NAE_EAA_T-354_Tartu_Tamme_Gumnaasium, lk 18
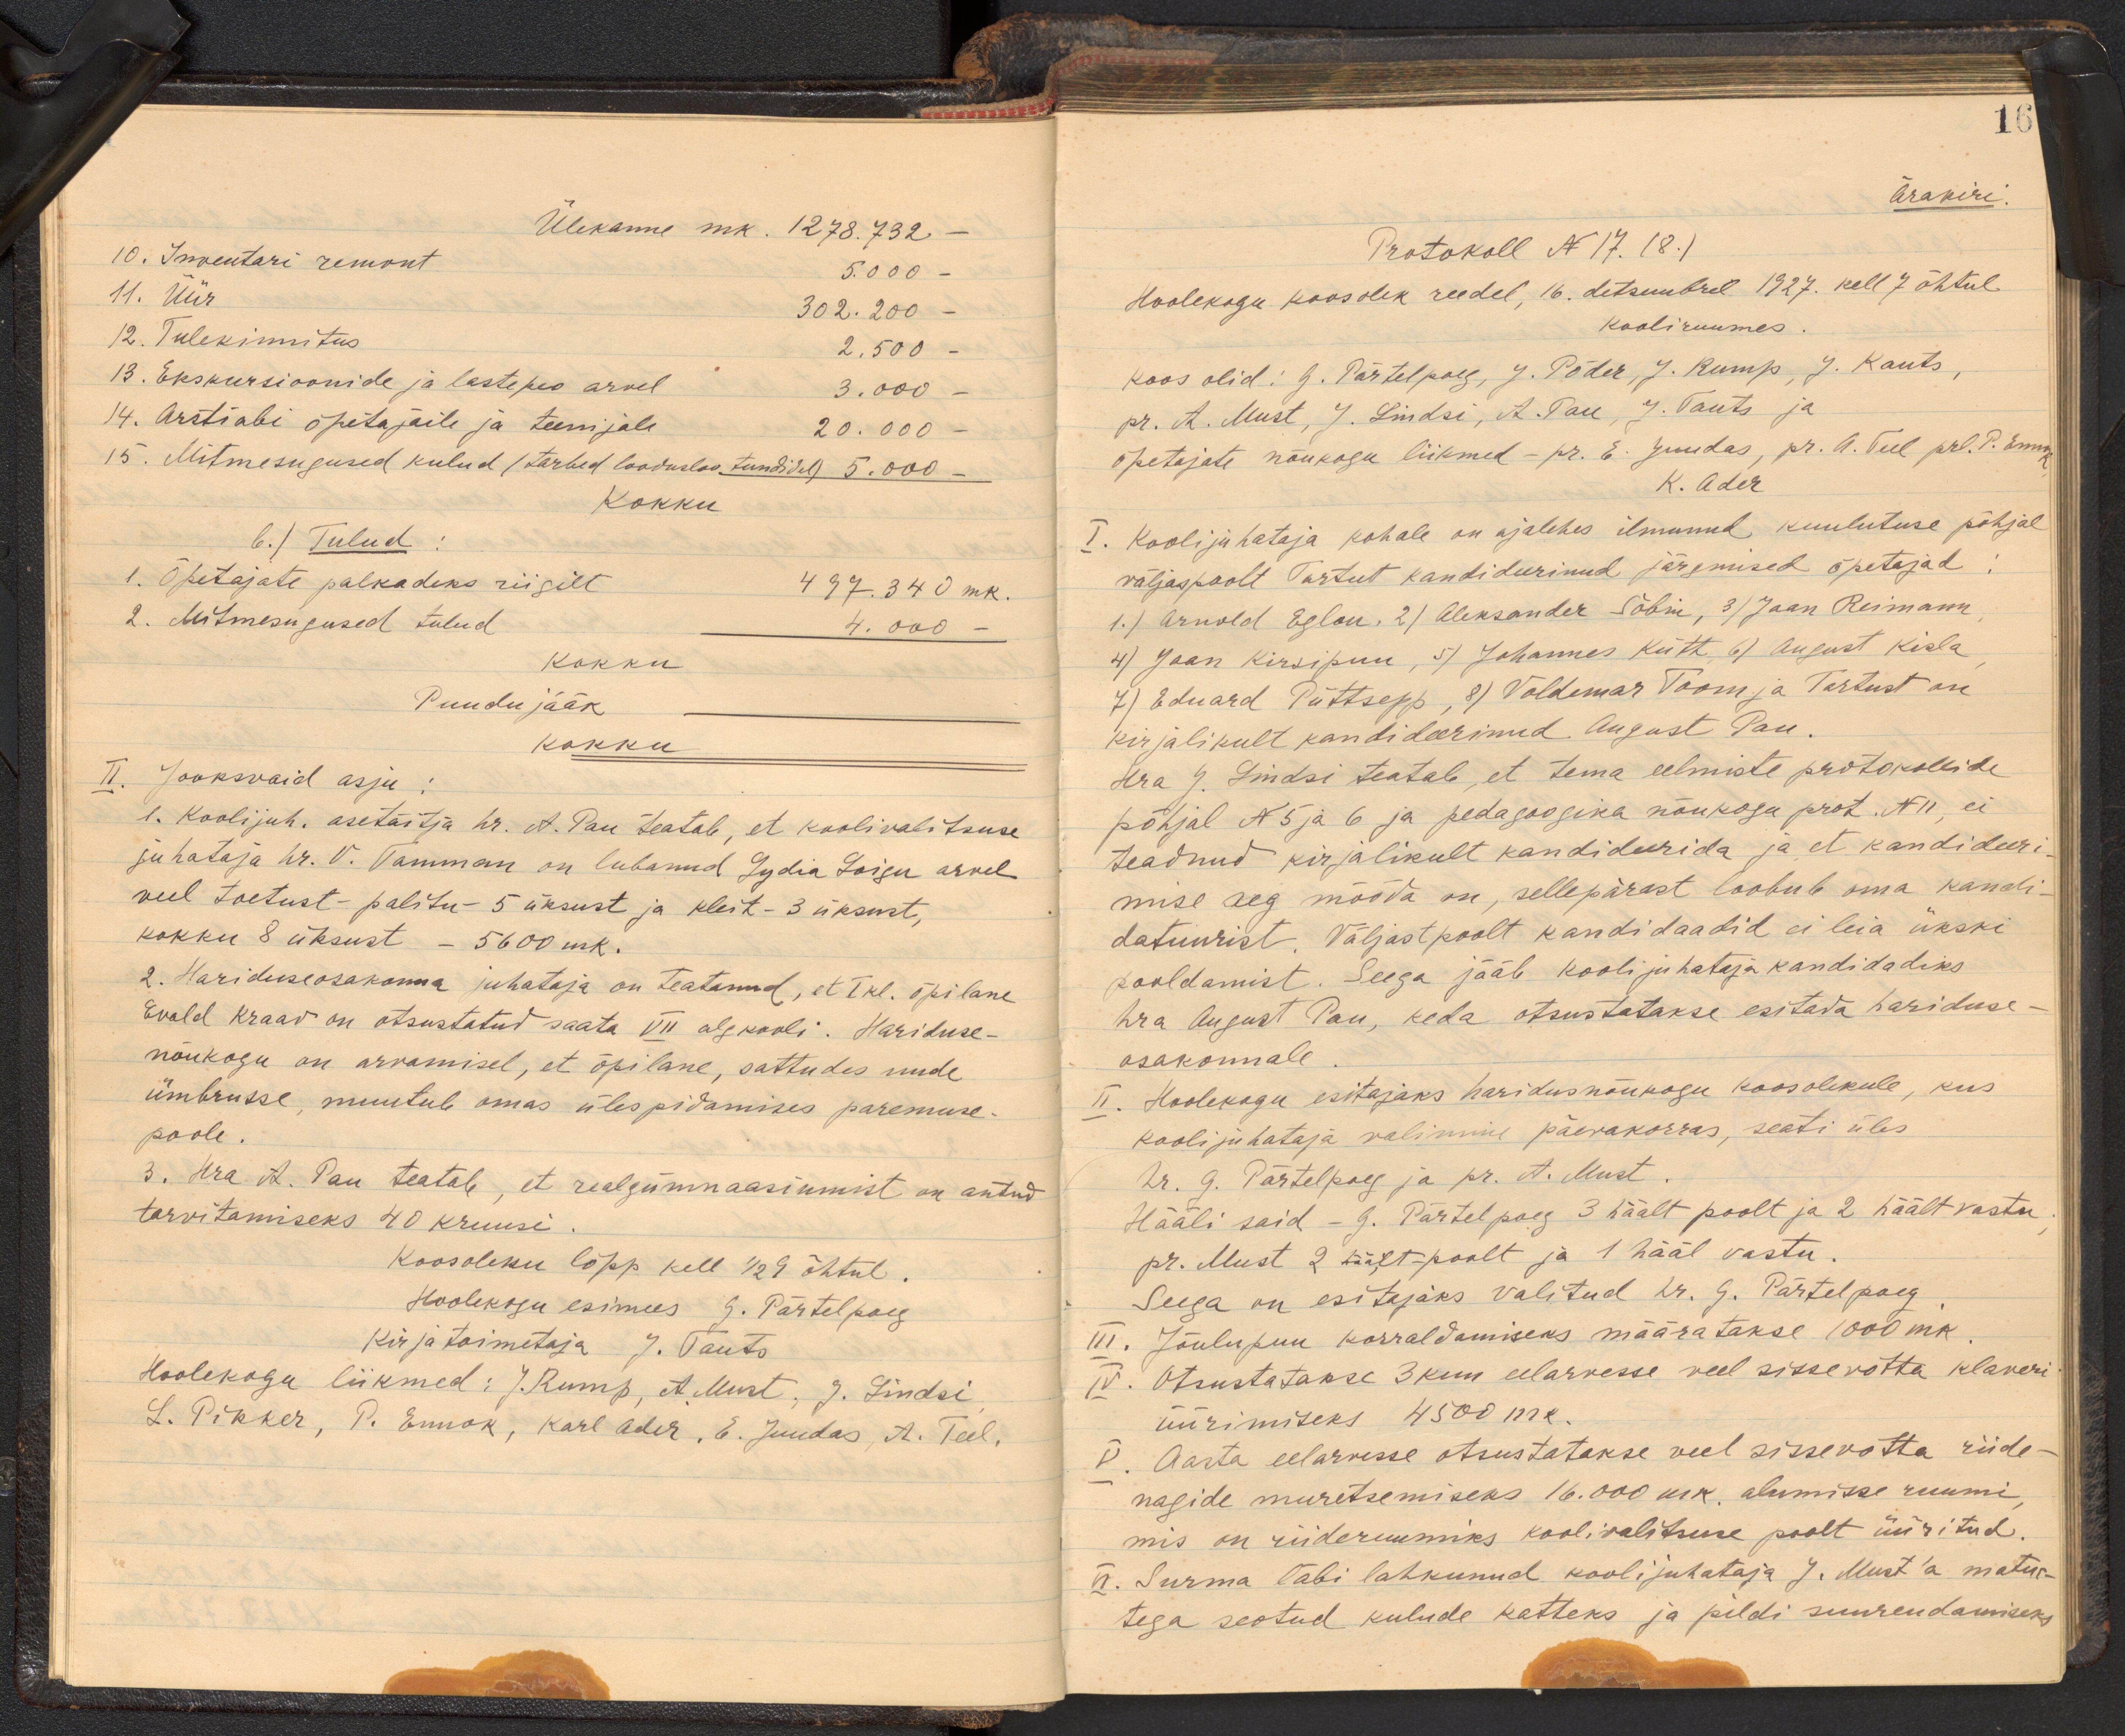
Ülekanne mk. 1278. 732 -
10. Inventari remont 5.000 -
11. Uur 302. 200 -
12. Tulekinnitus  2.500 -
13. Ekskursioonide ja lastepeo arvel  3.000 -
14. Arstiabi õpetajaile ja teenijale 20.000
15. Mitmesugused kulud (tarbed loodusloo tundidel) 5.000-
Kokku
b.) Tulud
1. Õpetajate palkadeks riigilt 497. 340 mk.
2. Mitmesugused tulud 4.000 -
kokku
Puudu jääk
kokku
II. Jooksvaid asju:
1. Koolijuh. asetäitja hr. A. Pau teatab, et koolivalitsuse
juhataja hr. V. Tamman on lubanud Lydia Loigu arvel
veel toetust - palitu- 5 üksust ja kleit- 3 üksust,
kokku 8 üksust - 5600 mk.
2. Hariduseosakonna juhataja on teatanud, et I kl. õpilane
Evald Kraav on otsustatud saata VII algkooli. Hariduse-
nõukogu on arvamisel, et õpilane, sattudes uude
ümbrusse, muutub omas ülespidamises paremuse.
poole.
3. Hra A. Pau teatab, et realgümnaasiumist on antud
tarvitamiseks 40 kruusi.
Koosoleku lõpp kell 1/2 9 õhtul.
Hoolekogu esimees G. Pärtelpoeg
Kirja toimetaja J. Tauts
Hoolekogu liikmed: J. Rump, A. Must, J. Lindsi
L. Pikker, P. Ennok, Karl Ader, E. Juudas, A. Teel,

16
Ärakiri
Protokoll N 17. (8.)
Hoolekogu koosolek reedel, 16. detsembrel 1927. kell 7 õhtul.
Kooliruumes.
koos olid: G. Pärtelpoeg, J. Põder, J. Rump, J. Kauts,
pr. A. Must, J. Lindsi, A. Puu, J. Tauts ja
õpetajate nõukogu liikmed - pr. E. juudas, pr. A. Teel prl. P. Ennis-
K. Ader
I. Kooli juhataja kohale on ajalehes ilmunud kuulutuse põhjal
väljaspoolt Tartut kandideerinud järgmised õpetajad.
1.) Arnold Eglon, 2) Aleksander Sõbin, 3) Jaan Reimann
4) Jaan Kirsipuu, 5) Johannes Kütt, 6) August Kisla
7) Eduard Püttsepp, 8) Voldemar Toom ja Tartust on
kirjalikult kandideerinud August Pau.
Hra J. Lindsi teatab, et tema eelmiste protokollide
põhjal No 5 ja 6 ja pedagoogika nõukogu prot. N11, ei
teadnud kirjalikult kandidaerida ja et kandideeri
mise aeg mööda on, sellepärast loobub oma kandi
datuurist. Väljastpoolt kandidaadid ei leia ükski
pooldamist. Seega jääb koolijuhataja kandidadiks
hra August Pau, keda otsustatakse esitada hariduse-
osakonnale.
II. Hoolekogu esitajaks haridusnõukogu koosolekule, kus
kooli juhataja valimine päevakorras, seati üles
Hr. G. Pärtelpoeg ja pr. A. Must.
Hääli said - G. Pärtelpoeg 3 häält poolt ja 2 häält vastu
pr. Must 2 häält-poolt ja 1 hääl vastu.
Seega on esitajaks valitud hr. G. Pärtelpoeg
III. Jõulupuu korraldamiseks määratakse 1000 mk.
IV. Otsustatakse 3 kuu eelarvesse veel sissevõtta klaveri
üürimiseks 4500 mk.
V. Aasta eelarvesse otsustatakse veel sissevõtta riide-
nagide muretsemiseks 16.000 msk. alumisse ruumi
mis on riideruumiks koolivalitsuse poolt üüritud.
II. Surma läbi lahkunud kooli juhataja J. Must'a matur-
tega seotud kulude katteks ja pildi suurendamiseks